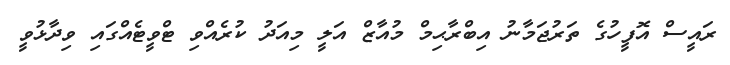
ރައީސް އޮފީހުގެ ތަރުޖަމާނު އިބްރާޙިމް މުއާޒް އަލީ މިއަދު ކުރެއްވި ޓްވީޓެއްގައި ވިދާޅުވީ